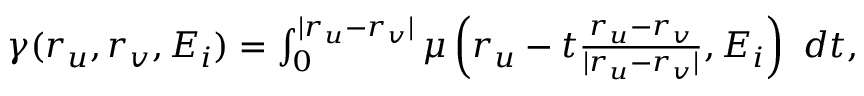
\begin{array} { r } { \gamma ( \boldsymbol { r } _ { u } , \boldsymbol { r } _ { v } , E _ { i } ) = \int _ { 0 } ^ { | \boldsymbol { r } _ { u } - \boldsymbol { r } _ { v } | } \mu \left( \boldsymbol { r } _ { u } - t \frac { \boldsymbol { r } _ { u } - \boldsymbol { r } _ { v } } { | \boldsymbol { r } _ { u } - \boldsymbol { r } _ { v } | } , E _ { i } \right) ~ d t , } \end{array}